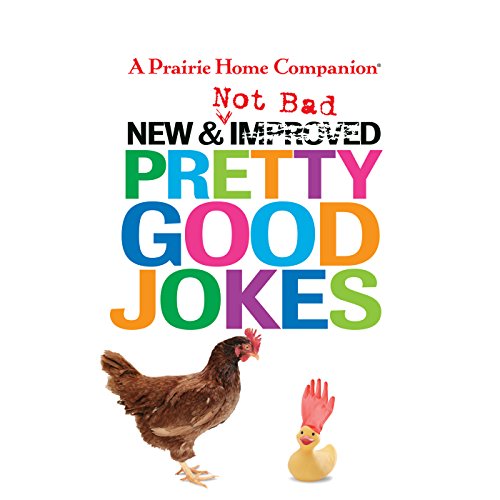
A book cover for New and Not Bad Pretty Good Jokes (Prairie Home Companion); Garrison Keillor; Humor & Entertainment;